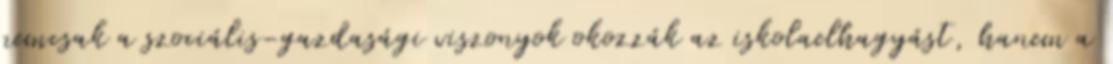
nemcsak a szociális-gazdasági viszonyok okozzák az iskolaelhagyást, hanem a